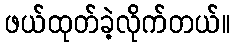
ဖယ်ထုတ်ခဲ့လိုက်တယ်။